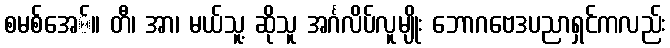
စမစ်အေ်။ တီ၊ အာ၊ မယ်သူ့ ဆိုသူ အင်္ဂလိပ်လူမျိုး ဘောဂဗေဒပညာရှင်ကလည်း